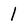
Character: I